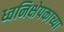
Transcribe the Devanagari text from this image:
ध्वनिक्षेपकाच्या